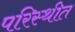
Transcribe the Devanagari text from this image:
परिस्थीत